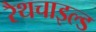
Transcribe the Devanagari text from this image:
रैथचाइल्ड